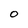
Character: 0